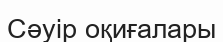
Сәуір оқиғалары